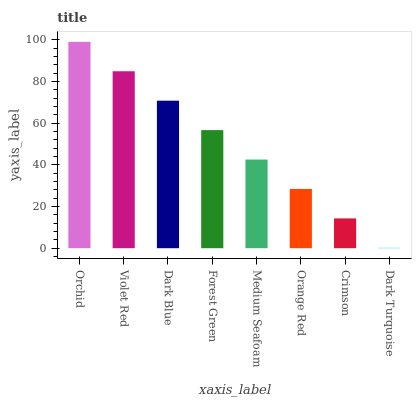
| xaxis_label | bars |
 | --- | --- |
 | Orchid | 99 |
 | Violet Red | 84.9 |
 | Dark Blue | 70.8 |
 | Forest Green | 56.6 |
 | Medium Seafoam | 42.5 |
 | Orange Red | 28.4 |
 | Crimson | 14.3 |
 | Dark Turquoise | 0.178 |